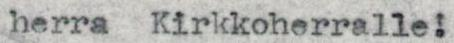
herra Kirkkoherralle!